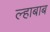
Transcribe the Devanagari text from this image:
ल्हाबाब